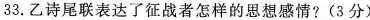
33.乙诗尾联表达了征战者怎样的思想感情?(3分)